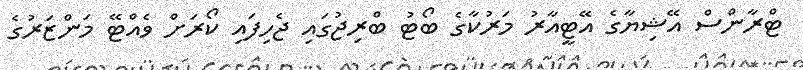
ޓްރާންސް އޭޝިޔާގެ އޭޓީއާރު މަރުކާގެ ބޯޓު ބްރިޖުގައި ޖެހިފައި ކޯރަށް ވެއްޓޭ މަންޒަރުގެ